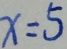
x = 5